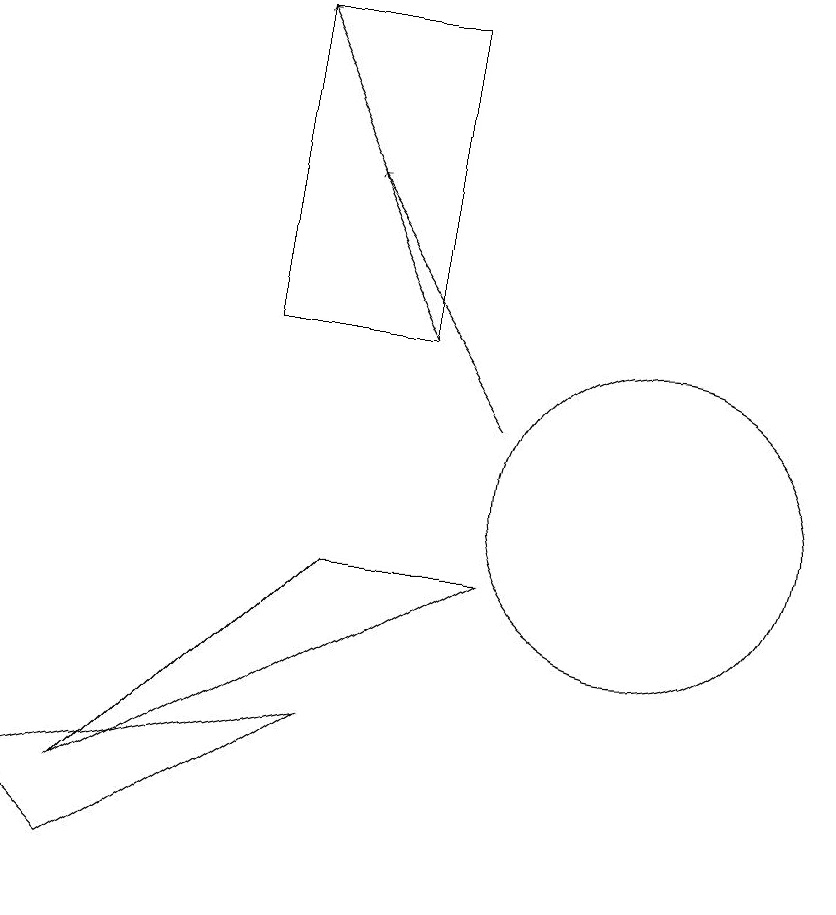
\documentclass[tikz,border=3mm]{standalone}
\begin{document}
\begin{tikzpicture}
\draw[->] (8,11) -- (6,14);
\draw[->] (7,12) -- (5,16);
\draw (2,6) -- (6,7) -- (3,5) -- cycle;
\draw (6,9) -- (3,6) -- (8,9) -- cycle;
\draw (10,10) circle (2);
\draw (7,16) rectangle (5,12);
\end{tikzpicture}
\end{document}